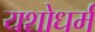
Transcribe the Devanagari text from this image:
यशोधर्म